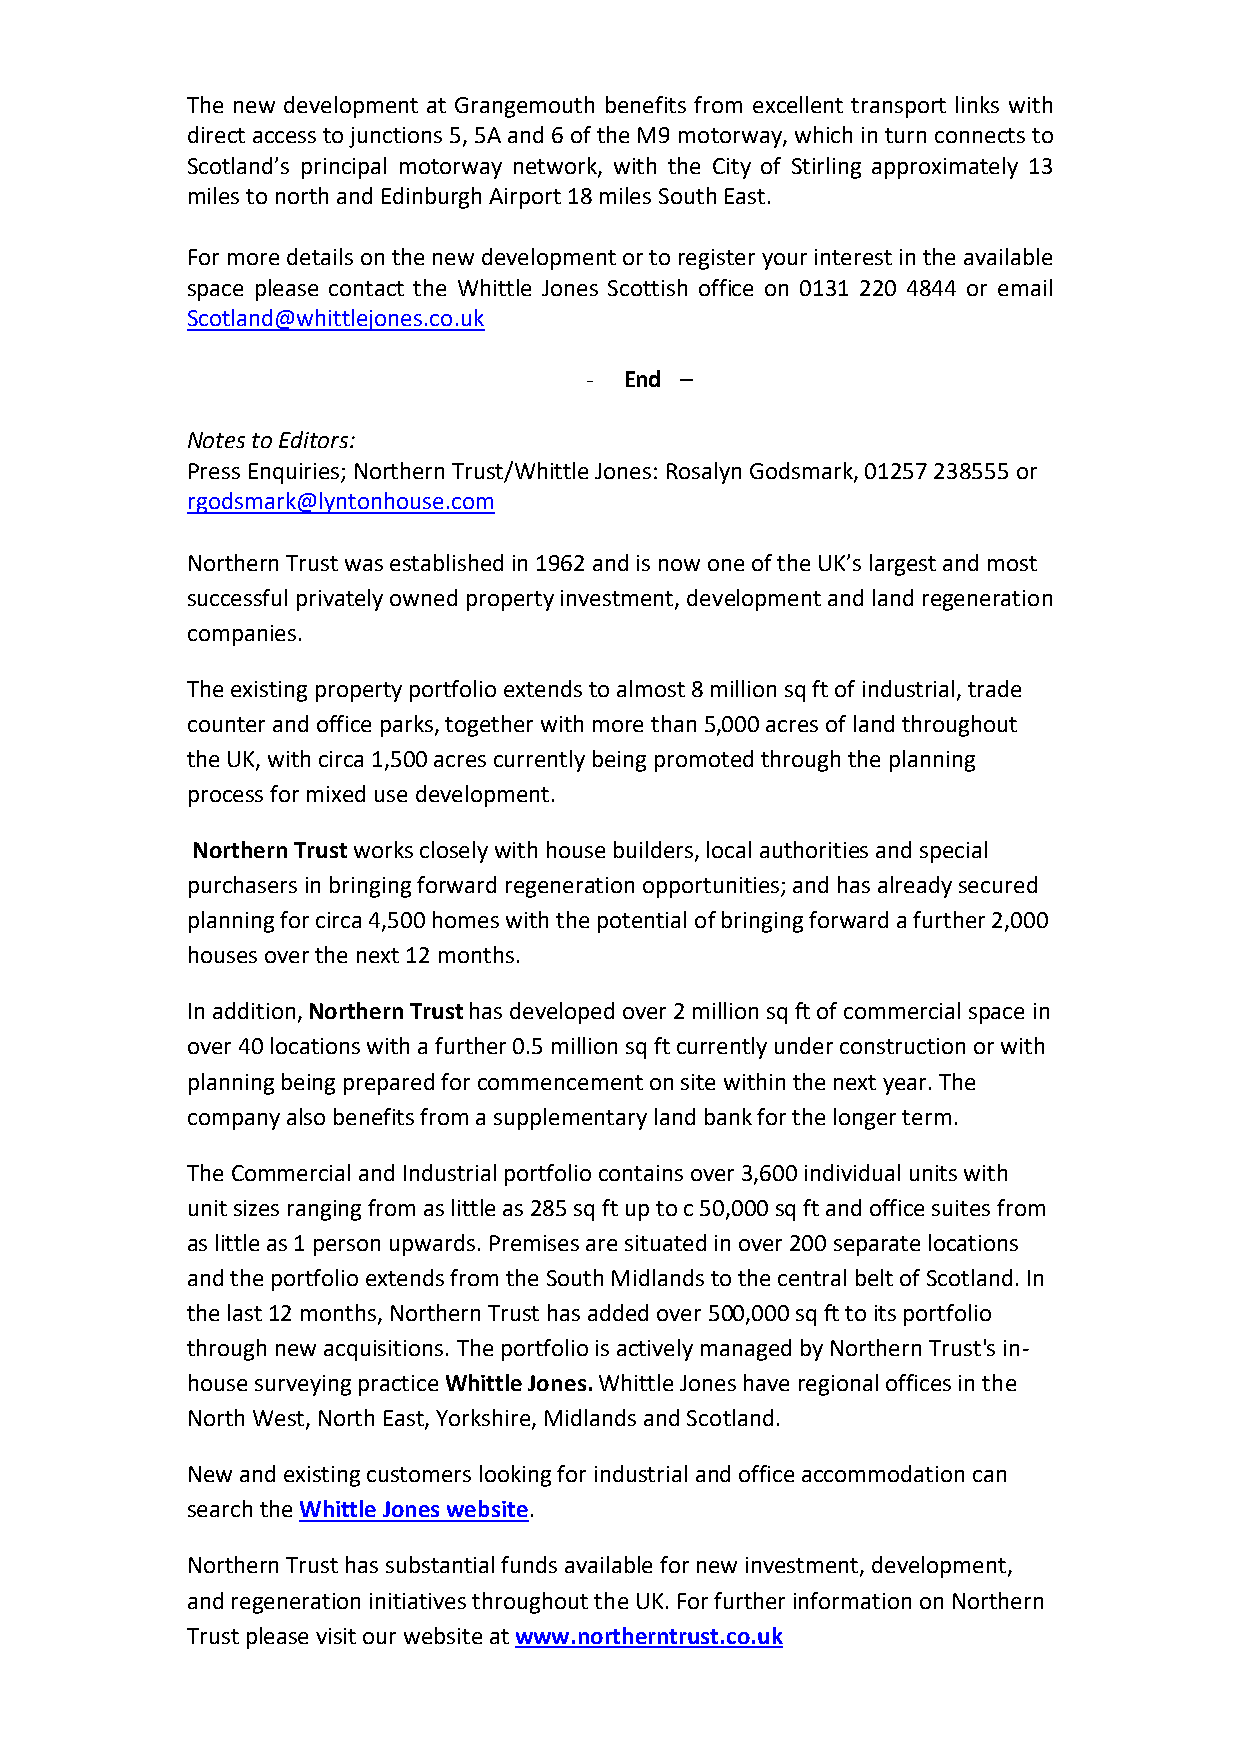
The new development at Grangemouth benefits from excellent transport links with
 direct access to junctions 5, 5A and 6 of the M9 motorway, which in turn connects to
 Scotland’s principal motorway network, with the City of Stirling approximately 13
 miles to north and Edinburgh Airport 18 miles South East.
 For more details on the new development or to register your interest in the available
 space please contact the Whittle Jones Scottish office on 0131 220 4844 or email
 Scotland@whittlejones.co.uk
 - End –
 Notes to Editors:
 Press Enquiries; Northern Trust/Whittle Jones: Rosalyn Godsmark, 01257 238555 or
 rgodsmark@lyntonhouse.com
 Northern Trust was established in 1962 and is now one of the UK’s largest and most
 successful privately owned property investment, development and land regeneration
 companies.
 The existing property portfolio extends to almost 8 million sq ft of industrial, trade
 counter and office parks, together with more than 5,000 acres of land throughout
 the UK, with circa 1,500 acres currently being promoted through the planning
 process for mixed use development.
 Northern Trust works closely with house builders, local authorities and special
 purchasers in bringing forward regeneration opportunities; and has already secured
 planning for circa 4,500 homes with the potential of bringing forward a further 2,000
 houses over the next 12 months.
 In addition, Northern Trust has developed over 2 million sq ft of commercial space in
 over 40 locations with a further 0.5 million sq ft currently under construction or with
 planning being prepared for commencement on site within the next year. The
 company also benefits from a supplementary land bank for the longer term.
 The Commercial and Industrial portfolio contains over 3,600 individual units with
 unit sizes ranging from as little as 285 sq ft up to c 50,000 sq ft and office suites from
 as little as 1 person upwards. Premises are situated in over 200 separate locations
 and the portfolio extends from the South Midlands to the central belt of Scotland. In
 the last 12 months, Northern Trust has added over 500,000 sq ft to its portfolio
 through new acquisitions. The portfolio is actively managed by Northern Trust's in-
 house surveying practice Whittle Jones. Whittle Jones have regional offices in the
 North West, North East, Yorkshire, Midlands and Scotland.
 New and existing customers looking for industrial and office accommodation can
 search the Whittle Jones website.
 Northern Trust has substantial funds available for new investment, development,
 and regeneration initiatives throughout the UK. For further information on Northern
 Trust please visit our website at www.northerntrust.co.uk